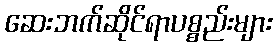
ဆေးဘက်ဆိုင်ရာပစ္စည်းများ